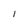
Character: I